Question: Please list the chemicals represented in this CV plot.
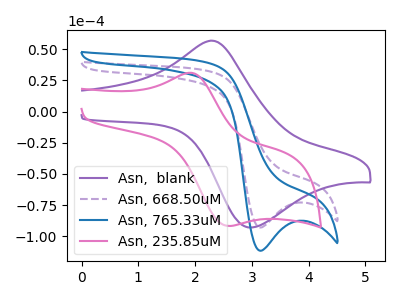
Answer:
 <answer>The purple curve is labeled "Asn,  blank". The purple dashed curve is labeled "Asn, 668.50uM". The blue curve is labeled "Asn, 765.33uM". The pink curve is labeled "Asn, 235.85uM".</answer>
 <eval></eval>